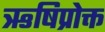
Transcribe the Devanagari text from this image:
ऋषिप्रोक्त